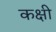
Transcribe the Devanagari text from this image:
कक्षी